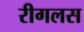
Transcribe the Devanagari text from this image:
रीगलस